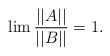
\begin{align*}\lim\frac{||A||}{||B||}=1. \end{align*}